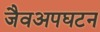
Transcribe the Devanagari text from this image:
जैवअपघटन